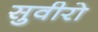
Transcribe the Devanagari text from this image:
सुवीरो